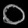
Digit: ၀